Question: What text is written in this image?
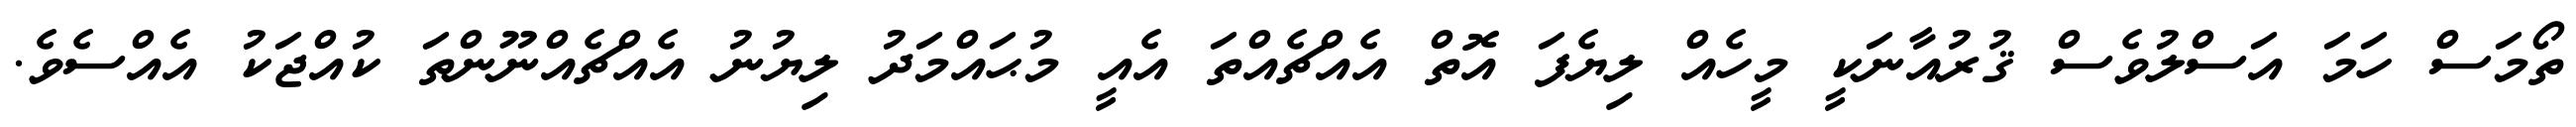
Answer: ތޯމަސް ހަމަ އަސްލުވެސް ޤުރުއާނަކީ މީހެއް ލިޔެފަ އޮތް އެއްޗެއްތަ އެއީ މުޙައްމަދު ލިޔުނު އެއްޗެއްނޫންތަ ކުއްޖަކު އެއްސެވެ.